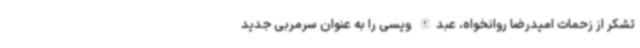
تشکر از زحمات امیدرضا روانخواه، عبدالله ویسی را به عنوان سرمربی جدید